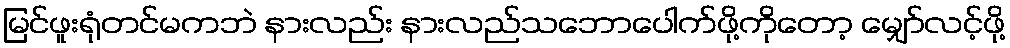
မြင်ဖူးရုံတင်မကဘဲ နားလည်း နားလည်သဘောပေါက်ဖို့ကိုတော့ မျှော်လင့်ဖို့